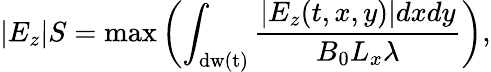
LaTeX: |E_{z}|S=\mathrm{max}\left(\int_{\mathrm{dw(t)}}\frac{|E_{z}(t,x,y)|dxdy}{B_{0}L_{x}\lambda}\right),